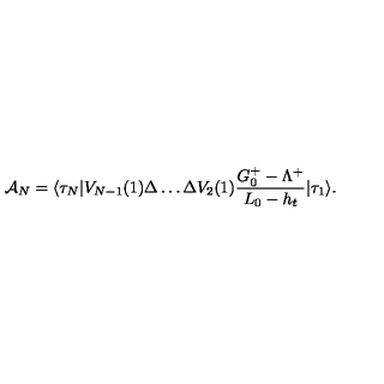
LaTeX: { \cal A } _ { N } = \langle \tau _ { N } | V _ { N - 1 } ( 1 ) \Delta \ldots \Delta V _ { 2 } ( 1 ) { \frac { G _ { 0 } ^ { + } - \Lambda ^ { + } } { L _ { 0 } - h _ { t } } } | \tau _ { 1 } \rangle .